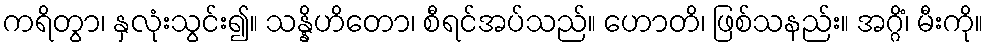
ကရိတွာ၊ နှလုံးသွင်း၍။ သန္နိဟိတော၊ စီရင်အပ်သည်။ ဟောတိ၊ ဖြစ်သနည်း။ အဂ္ဂိံ၊ မီးကို။